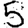
Digit: 5